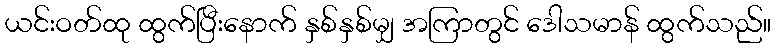
ယင်းဝတ်ထု ထွက်ပြီးနောက် နှစ်နှစ်မျှ အကြာတွင် ဒေါသမာန် ထွက်သည်။